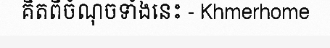
គិតពីចំណុចទាំងនេះ - Khmerhome